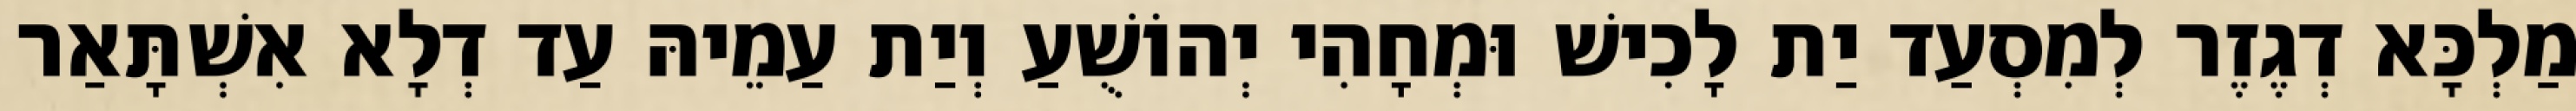
מַלְכָּא דְגֶזֶר לְמִסְעַד יַת לָכִישׁ וּמְחָהִי יְהוֹשֻׁעַ וְיַת עַמֵיהּ עַד דְלָא אִשְׁתָּאַר